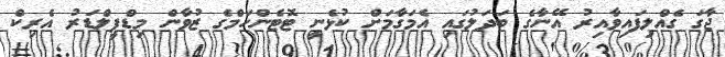
ޖާގަ ގެއްލިފައިވާއިރު އޭނާގެ ބަދަލުގައި އެމަގާމަށް ކުޅެނީ ޓޮޓެންހަމްގެ ޒުވާން މިޑްފީލްޑަރު އެރިކް